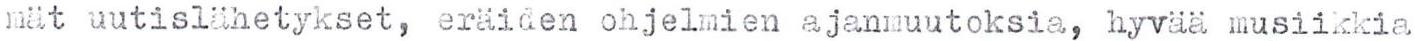
mät uutislähetykset, eräiden ohjelmien ajanmuutoksia, hyvää musiikkia